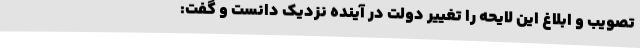
تصویب و ابلاغ این لایحه را تغییر دولت در آینده نزدیک دانست و گفت: